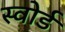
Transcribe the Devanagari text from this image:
स्‍वोर्ड